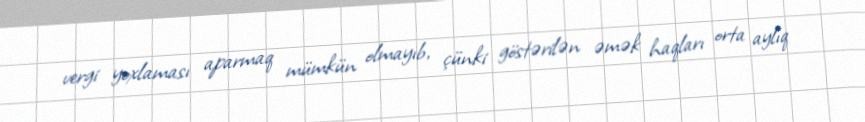
vergi yoxlaması aparmaq mümkün olmayıb, çünki göstərilən əmək haqları orta aylıq